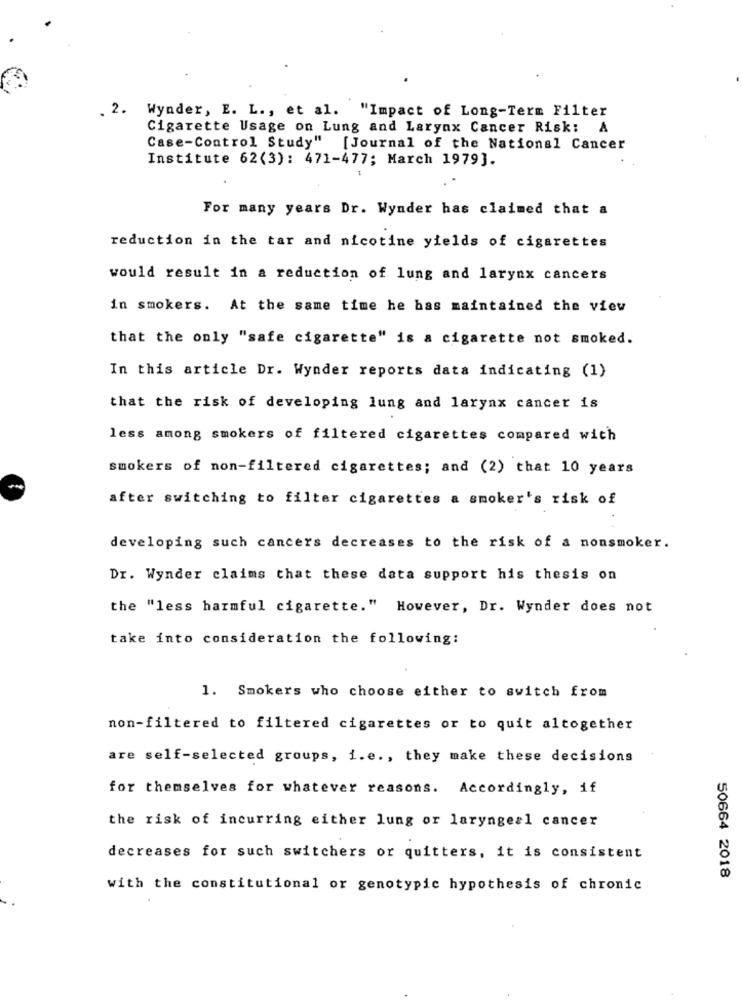
. 2. Wynder, E. L ., et al. "Impact of Long-Term Filter
Cigarette Usage on Lung and Larynx Cancer Risk: A
Case-Control Study" [Journal of the National Cancer
Institute 62(3): 471-477; March 1979].
For many years Dr. Wynder has claimed that a
reduction in the tar and nicotine yields of cigarettes
would result in a reduction of lung and larynx cancers
in smokers. At the same time he has maintained the view
that the only "safe cigarette" is a cigarette not smoked.
In this article Dr. Wynder reports data indicating (1)
that the risk of developing lung and larynx cancer is
less among smokers of filtered cigarettes compared with
smokers of non-filtered cigarettes; and (2) that 10 years
after switching to filter cigarettes a smoker's risk of
developing such cancers decreases to the risk of a nonsmoker.
Dr. Wynder claims that these data support his thesis on
the "less harmful cigarette." However, Dr. Wynder does not
take into consideration the following:
1. Smokers who choose either to switch from
non-filtered to filtered cigarettes or to quit altogether
are self-selected groups, i.e ., they make these decisions
for themselves for whatever reasons. Accordingly, if
the risk of incurring either lung or laryngeal cancer
decreases for such switchers or quitters, it is consistent
50664 2018
with the constitutional or genotypic hypothesis of chronic